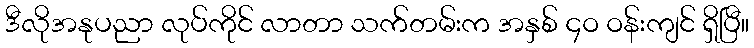
ဒီလိုအနုပညာ လုပ်ကိုင် လာတာ သက်တမ်းက အနှစ် ၄ဝ ဝန်းကျင် ရှိပြီ။